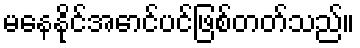
မနေနိုင်အောင်ပင်ဖြစ်တတ်သည်။